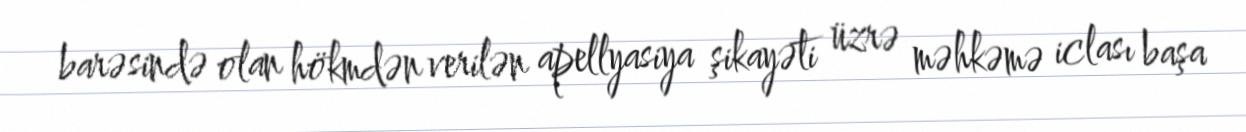
barəsində olan hökmdən verilən apellyasiya şikayəti üzrə məhkəmə iclası başa